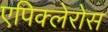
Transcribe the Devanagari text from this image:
एपिक्लेरोस